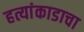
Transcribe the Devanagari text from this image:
हत्यांकाडाचा